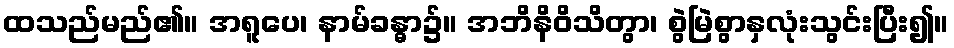
ထသည်မည်၏။ အရူပေ၊ နာမ်ခန္ဓာ၌။ အဘိနိဝိသိတွာ၊ စွဲမြဲစွာနှလုံးသွင်းပြီး၍။